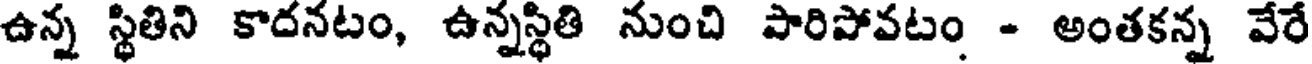
ఉన్న స్థితిని కాదనటం, ఉన్నస్థితి నుంచి పారిపోవటం - అంతకన్న వేరే